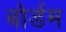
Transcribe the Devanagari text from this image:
बोर्डम